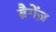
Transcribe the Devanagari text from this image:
ब्रैगेंज़